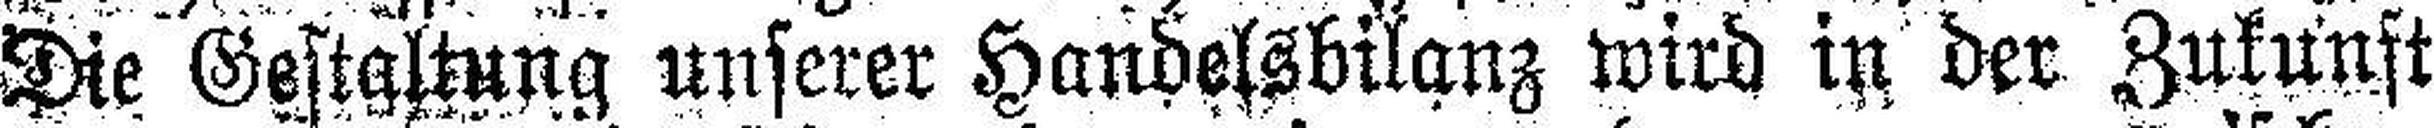
Die Gestaltung unserer Handelsbilanz wird in der Zukunft